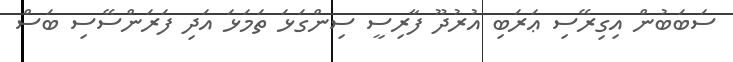
ސަބަބުން އިގިރޭސި ޢަރަބި އުރުދޫ ފާރިސީ ސިންގަޅަ ތަމަޅަ އަދި ފަރަންސޭސި ބަސް